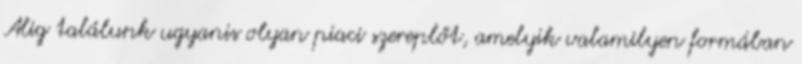
Alig találunk ugyanis olyan piaci szereplőt, amelyik valamilyen formában